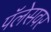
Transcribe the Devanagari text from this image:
पॅलेसवर